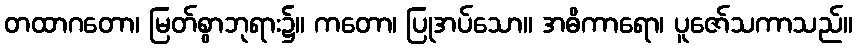
တထာဂတော၊ မြတ်စွာဘုရား၌။ ကတော၊ ပြုအပ်သော။ အဓိကာရော၊ ပူဇော်သကာသည်။